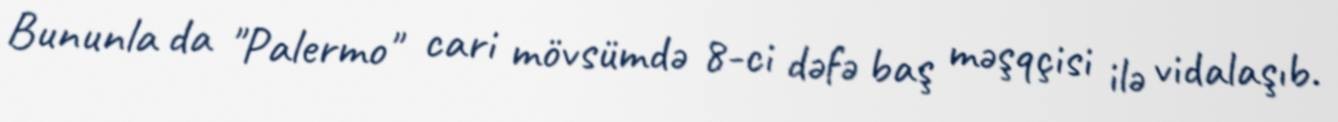
Bununla da "Palermo" cari mövsümdə 8-ci dəfə baş məşqçisi ilə vidalaşıb.